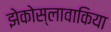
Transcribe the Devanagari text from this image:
झेकोस्लावाकिया